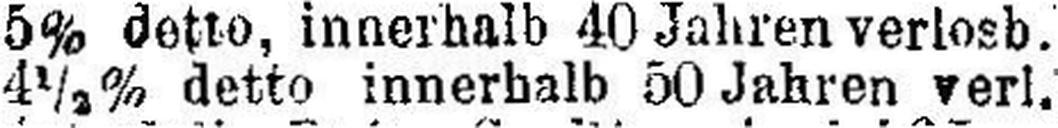
4½% detto innerhalb 50 Jahren verl.